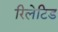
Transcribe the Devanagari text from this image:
रिलेटिड